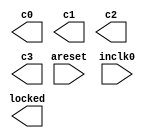
// megafunction wizard: %ALTPLL%VBB%
// GENERATION: STANDARD
// VERSION: WM1.0
// MODULE: altpll 

// ============================================================
// Megafunction Name(s):
// 			altpll
//
// Simulation Library Files(s):
// 			altera_mf
// ============================================================
// ************************************************************
// THIS IS A WIZARD-GENERATED FILE. DO NOT EDIT THIS FILE!
//
// 13.0.0 Build 156 04/24/2013 SJ Full Version
// ************************************************************

//Copyright (C) 1991-2013 Altera Corporation
//Your use of Altera Corporation's design tools, logic functions 
//and other software and tools, and its AMPP partner logic 
//functions, and any output files from any of the foregoing 
//(including device programming or simulation files), and any 
//associated documentation or information are expressly subject 
//to the terms and conditions of the Altera Program License 
//Subscription Agreement, Altera MegaCore Function License 
//Agreement, or other applicable license agreement, including, 
//without limitation, that your use is for the sole purpose of 
//programming logic devices manufactured by Altera and sold by 
//Altera or its authorized distributors.  Please refer to the 
//applicable agreement for further details.

module pll_adc (
	areset,
	inclk0,
	c0,
	c1,
	c2,
	c3,
	locked);

	input	  areset;
	input	  inclk0;
	output	  c0;
	output	  c1;
	output	  c2;
	output	  c3;
	output	  locked;
`ifndef ALTERA_RESERVED_QIS
// synopsys translate_off
`endif
	tri0	  areset;
`ifndef ALTERA_RESERVED_QIS
// synopsys translate_on
`endif

endmodule

// ============================================================
// CNX file retrieval info
// ============================================================
// Retrieval info: PRIVATE: ACTIVECLK_CHECK STRING "0"
// Retrieval info: PRIVATE: BANDWIDTH STRING "1.000"
// Retrieval info: PRIVATE: BANDWIDTH_FEATURE_ENABLED STRING "1"
// Retrieval info: PRIVATE: BANDWIDTH_FREQ_UNIT STRING "MHz"
// Retrieval info: PRIVATE: BANDWIDTH_PRESET STRING "Low"
// Retrieval info: PRIVATE: BANDWIDTH_USE_AUTO STRING "1"
// Retrieval info: PRIVATE: BANDWIDTH_USE_PRESET STRING "0"
// Retrieval info: PRIVATE: CLKBAD_SWITCHOVER_CHECK STRING "0"
// Retrieval info: PRIVATE: CLKLOSS_CHECK STRING "0"
// Retrieval info: PRIVATE: CLKSWITCH_CHECK STRING "0"
// Retrieval info: PRIVATE: CNX_NO_COMPENSATE_RADIO STRING "0"
// Retrieval info: PRIVATE: CREATE_CLKBAD_CHECK STRING "0"
// Retrieval info: PRIVATE: CREATE_INCLK1_CHECK STRING "0"
// Retrieval info: PRIVATE: CUR_DEDICATED_CLK STRING "c0"
// Retrieval info: PRIVATE: CUR_FBIN_CLK STRING "c0"
// Retrieval info: PRIVATE: DEVICE_SPEED_GRADE STRING "8"
// Retrieval info: PRIVATE: DIV_FACTOR0 NUMERIC "1"
// Retrieval info: PRIVATE: DIV_FACTOR1 NUMERIC "1"
// Retrieval info: PRIVATE: DIV_FACTOR2 NUMERIC "1"
// Retrieval info: PRIVATE: DIV_FACTOR3 NUMERIC "1"
// Retrieval info: PRIVATE: DUTY_CYCLE0 STRING "50.00000000"
// Retrieval info: PRIVATE: DUTY_CYCLE1 STRING "50.00000000"
// Retrieval info: PRIVATE: DUTY_CYCLE2 STRING "50.00000000"
// Retrieval info: PRIVATE: DUTY_CYCLE3 STRING "50.00000000"
// Retrieval info: PRIVATE: EFF_OUTPUT_FREQ_VALUE0 STRING "1.500000"
// Retrieval info: PRIVATE: EFF_OUTPUT_FREQ_VALUE1 STRING "50.000000"
// Retrieval info: PRIVATE: EFF_OUTPUT_FREQ_VALUE2 STRING "100.000000"
// Retrieval info: PRIVATE: EFF_OUTPUT_FREQ_VALUE3 STRING "100.000000"
// Retrieval info: PRIVATE: EXPLICIT_SWITCHOVER_COUNTER STRING "0"
// Retrieval info: PRIVATE: EXT_FEEDBACK_RADIO STRING "0"
// Retrieval info: PRIVATE: GLOCKED_COUNTER_EDIT_CHANGED STRING "1"
// Retrieval info: PRIVATE: GLOCKED_FEATURE_ENABLED STRING "0"
// Retrieval info: PRIVATE: GLOCKED_MODE_CHECK STRING "0"
// Retrieval info: PRIVATE: GLOCK_COUNTER_EDIT NUMERIC "1048575"
// Retrieval info: PRIVATE: HAS_MANUAL_SWITCHOVER STRING "1"
// Retrieval info: PRIVATE: INCLK0_FREQ_EDIT STRING "50.000"
// Retrieval info: PRIVATE: INCLK0_FREQ_UNIT_COMBO STRING "MHz"
// Retrieval info: PRIVATE: INCLK1_FREQ_EDIT STRING "100.000"
// Retrieval info: PRIVATE: INCLK1_FREQ_EDIT_CHANGED STRING "1"
// Retrieval info: PRIVATE: INCLK1_FREQ_UNIT_CHANGED STRING "1"
// Retrieval info: PRIVATE: INCLK1_FREQ_UNIT_COMBO STRING "MHz"
// Retrieval info: PRIVATE: INTENDED_DEVICE_FAMILY STRING "Cyclone IV E"
// Retrieval info: PRIVATE: INT_FEEDBACK__MODE_RADIO STRING "1"
// Retrieval info: PRIVATE: LOCKED_OUTPUT_CHECK STRING "1"
// Retrieval info: PRIVATE: LONG_SCAN_RADIO STRING "1"
// Retrieval info: PRIVATE: LVDS_MODE_DATA_RATE STRING "Not Available"
// Retrieval info: PRIVATE: LVDS_MODE_DATA_RATE_DIRTY NUMERIC "0"
// Retrieval info: PRIVATE: LVDS_PHASE_SHIFT_UNIT0 STRING "deg"
// Retrieval info: PRIVATE: LVDS_PHASE_SHIFT_UNIT1 STRING "ps"
// Retrieval info: PRIVATE: LVDS_PHASE_SHIFT_UNIT2 STRING "ps"
// Retrieval info: PRIVATE: LVDS_PHASE_SHIFT_UNIT3 STRING "ps"
// Retrieval info: PRIVATE: MIG_DEVICE_SPEED_GRADE STRING "Any"
// Retrieval info: PRIVATE: MIRROR_CLK0 STRING "0"
// Retrieval info: PRIVATE: MIRROR_CLK1 STRING "0"
// Retrieval info: PRIVATE: MIRROR_CLK2 STRING "0"
// Retrieval info: PRIVATE: MIRROR_CLK3 STRING "0"
// Retrieval info: PRIVATE: MULT_FACTOR0 NUMERIC "1"
// Retrieval info: PRIVATE: MULT_FACTOR1 NUMERIC "1"
// Retrieval info: PRIVATE: MULT_FACTOR2 NUMERIC "1"
// Retrieval info: PRIVATE: MULT_FACTOR3 NUMERIC "1"
// Retrieval info: PRIVATE: NORMAL_MODE_RADIO STRING "1"
// Retrieval info: PRIVATE: OUTPUT_FREQ0 STRING "1.50000000"
// Retrieval info: PRIVATE: OUTPUT_FREQ1 STRING "50.00000000"
// Retrieval info: PRIVATE: OUTPUT_FREQ2 STRING "100.00000000"
// Retrieval info: PRIVATE: OUTPUT_FREQ3 STRING "100.00000000"
// Retrieval info: PRIVATE: OUTPUT_FREQ_MODE0 STRING "1"
// Retrieval info: PRIVATE: OUTPUT_FREQ_MODE1 STRING "1"
// Retrieval info: PRIVATE: OUTPUT_FREQ_MODE2 STRING "1"
// Retrieval info: PRIVATE: OUTPUT_FREQ_MODE3 STRING "1"
// Retrieval info: PRIVATE: OUTPUT_FREQ_UNIT0 STRING "MHz"
// Retrieval info: PRIVATE: OUTPUT_FREQ_UNIT1 STRING "MHz"
// Retrieval info: PRIVATE: OUTPUT_FREQ_UNIT2 STRING "MHz"
// Retrieval info: PRIVATE: OUTPUT_FREQ_UNIT3 STRING "MHz"
// Retrieval info: PRIVATE: PHASE_RECONFIG_FEATURE_ENABLED STRING "1"
// Retrieval info: PRIVATE: PHASE_RECONFIG_INPUTS_CHECK STRING "0"
// Retrieval info: PRIVATE: PHASE_SHIFT0 STRING "0.00000000"
// Retrieval info: PRIVATE: PHASE_SHIFT1 STRING "0.00000000"
// Retrieval info: PRIVATE: PHASE_SHIFT2 STRING "0.00000000"
// Retrieval info: PRIVATE: PHASE_SHIFT3 STRING "-75.00000000"
// Retrieval info: PRIVATE: PHASE_SHIFT_STEP_ENABLED_CHECK STRING "0"
// Retrieval info: PRIVATE: PHASE_SHIFT_UNIT0 STRING "deg"
// Retrieval info: PRIVATE: PHASE_SHIFT_UNIT1 STRING "ps"
// Retrieval info: PRIVATE: PHASE_SHIFT_UNIT2 STRING "ps"
// Retrieval info: PRIVATE: PHASE_SHIFT_UNIT3 STRING "deg"
// Retrieval info: PRIVATE: PLL_ADVANCED_PARAM_CHECK STRING "0"
// Retrieval info: PRIVATE: PLL_ARESET_CHECK STRING "1"
// Retrieval info: PRIVATE: PLL_AUTOPLL_CHECK NUMERIC "1"
// Retrieval info: PRIVATE: PLL_ENHPLL_CHECK NUMERIC "0"
// Retrieval info: PRIVATE: PLL_FASTPLL_CHECK NUMERIC "0"
// Retrieval info: PRIVATE: PLL_FBMIMIC_CHECK STRING "0"
// Retrieval info: PRIVATE: PLL_LVDS_PLL_CHECK NUMERIC "0"
// Retrieval info: PRIVATE: PLL_PFDENA_CHECK STRING "0"
// Retrieval info: PRIVATE: PLL_TARGET_HARCOPY_CHECK NUMERIC "0"
// Retrieval info: PRIVATE: PRIMARY_CLK_COMBO STRING "inclk0"
// Retrieval info: PRIVATE: RECONFIG_FILE STRING "pll_adc.mif"
// Retrieval info: PRIVATE: SACN_INPUTS_CHECK STRING "0"
// Retrieval info: PRIVATE: SCAN_FEATURE_ENABLED STRING "1"
// Retrieval info: PRIVATE: SELF_RESET_LOCK_LOSS STRING "0"
// Retrieval info: PRIVATE: SHORT_SCAN_RADIO STRING "0"
// Retrieval info: PRIVATE: SPREAD_FEATURE_ENABLED STRING "0"
// Retrieval info: PRIVATE: SPREAD_FREQ STRING "50.000"
// Retrieval info: PRIVATE: SPREAD_FREQ_UNIT STRING "KHz"
// Retrieval info: PRIVATE: SPREAD_PERCENT STRING "0.500"
// Retrieval info: PRIVATE: SPREAD_USE STRING "0"
// Retrieval info: PRIVATE: SRC_SYNCH_COMP_RADIO STRING "0"
// Retrieval info: PRIVATE: STICKY_CLK0 STRING "1"
// Retrieval info: PRIVATE: STICKY_CLK1 STRING "1"
// Retrieval info: PRIVATE: STICKY_CLK2 STRING "1"
// Retrieval info: PRIVATE: STICKY_CLK3 STRING "1"
// Retrieval info: PRIVATE: SWITCHOVER_COUNT_EDIT NUMERIC "1"
// Retrieval info: PRIVATE: SWITCHOVER_FEATURE_ENABLED STRING "1"
// Retrieval info: PRIVATE: SYNTH_WRAPPER_GEN_POSTFIX STRING "0"
// Retrieval info: PRIVATE: USE_CLK0 STRING "1"
// Retrieval info: PRIVATE: USE_CLK1 STRING "1"
// Retrieval info: PRIVATE: USE_CLK2 STRING "1"
// Retrieval info: PRIVATE: USE_CLK3 STRING "1"
// Retrieval info: PRIVATE: USE_CLKENA0 STRING "0"
// Retrieval info: PRIVATE: USE_CLKENA1 STRING "0"
// Retrieval info: PRIVATE: USE_CLKENA2 STRING "0"
// Retrieval info: PRIVATE: USE_CLKENA3 STRING "0"
// Retrieval info: PRIVATE: USE_MIL_SPEED_GRADE NUMERIC "0"
// Retrieval info: PRIVATE: ZERO_DELAY_RADIO STRING "0"
// Retrieval info: LIBRARY: altera_mf altera_mf.altera_mf_components.all
// Retrieval info: CONSTANT: BANDWIDTH_TYPE STRING "AUTO"
// Retrieval info: CONSTANT: CLK0_DIVIDE_BY NUMERIC "100"
// Retrieval info: CONSTANT: CLK0_DUTY_CYCLE NUMERIC "50"
// Retrieval info: CONSTANT: CLK0_MULTIPLY_BY NUMERIC "3"
// Retrieval info: CONSTANT: CLK0_PHASE_SHIFT STRING "0"
// Retrieval info: CONSTANT: CLK1_DIVIDE_BY NUMERIC "1"
// Retrieval info: CONSTANT: CLK1_DUTY_CYCLE NUMERIC "50"
// Retrieval info: CONSTANT: CLK1_MULTIPLY_BY NUMERIC "1"
// Retrieval info: CONSTANT: CLK1_PHASE_SHIFT STRING "0"
// Retrieval info: CONSTANT: CLK2_DIVIDE_BY NUMERIC "1"
// Retrieval info: CONSTANT: CLK2_DUTY_CYCLE NUMERIC "50"
// Retrieval info: CONSTANT: CLK2_MULTIPLY_BY NUMERIC "2"
// Retrieval info: CONSTANT: CLK2_PHASE_SHIFT STRING "0"
// Retrieval info: CONSTANT: CLK3_DIVIDE_BY NUMERIC "1"
// Retrieval info: CONSTANT: CLK3_DUTY_CYCLE NUMERIC "50"
// Retrieval info: CONSTANT: CLK3_MULTIPLY_BY NUMERIC "2"
// Retrieval info: CONSTANT: CLK3_PHASE_SHIFT STRING "-2083"
// Retrieval info: CONSTANT: COMPENSATE_CLOCK STRING "CLK0"
// Retrieval info: CONSTANT: INCLK0_INPUT_FREQUENCY NUMERIC "20000"
// Retrieval info: CONSTANT: INTENDED_DEVICE_FAMILY STRING "Cyclone IV E"
// Retrieval info: CONSTANT: LPM_TYPE STRING "altpll"
// Retrieval info: CONSTANT: OPERATION_MODE STRING "NORMAL"
// Retrieval info: CONSTANT: PLL_TYPE STRING "AUTO"
// Retrieval info: CONSTANT: PORT_ACTIVECLOCK STRING "PORT_UNUSED"
// Retrieval info: CONSTANT: PORT_ARESET STRING "PORT_USED"
// Retrieval info: CONSTANT: PORT_CLKBAD0 STRING "PORT_UNUSED"
// Retrieval info: CONSTANT: PORT_CLKBAD1 STRING "PORT_UNUSED"
// Retrieval info: CONSTANT: PORT_CLKLOSS STRING "PORT_UNUSED"
// Retrieval info: CONSTANT: PORT_CLKSWITCH STRING "PORT_UNUSED"
// Retrieval info: CONSTANT: PORT_CONFIGUPDATE STRING "PORT_UNUSED"
// Retrieval info: CONSTANT: PORT_FBIN STRING "PORT_UNUSED"
// Retrieval info: CONSTANT: PORT_INCLK0 STRING "PORT_USED"
// Retrieval info: CONSTANT: PORT_INCLK1 STRING "PORT_UNUSED"
// Retrieval info: CONSTANT: PORT_LOCKED STRING "PORT_USED"
// Retrieval info: CONSTANT: PORT_PFDENA STRING "PORT_UNUSED"
// Retrieval info: CONSTANT: PORT_PHASECOUNTERSELECT STRING "PORT_UNUSED"
// Retrieval info: CONSTANT: PORT_PHASEDONE STRING "PORT_UNUSED"
// Retrieval info: CONSTANT: PORT_PHASESTEP STRING "PORT_UNUSED"
// Retrieval info: CONSTANT: PORT_PHASEUPDOWN STRING "PORT_UNUSED"
// Retrieval info: CONSTANT: PORT_PLLENA STRING "PORT_UNUSED"
// Retrieval info: CONSTANT: PORT_SCANACLR STRING "PORT_UNUSED"
// Retrieval info: CONSTANT: PORT_SCANCLK STRING "PORT_UNUSED"
// Retrieval info: CONSTANT: PORT_SCANCLKENA STRING "PORT_UNUSED"
// Retrieval info: CONSTANT: PORT_SCANDATA STRING "PORT_UNUSED"
// Retrieval info: CONSTANT: PORT_SCANDATAOUT STRING "PORT_UNUSED"
// Retrieval info: CONSTANT: PORT_SCANDONE STRING "PORT_UNUSED"
// Retrieval info: CONSTANT: PORT_SCANREAD STRING "PORT_UNUSED"
// Retrieval info: CONSTANT: PORT_SCANWRITE STRING "PORT_UNUSED"
// Retrieval info: CONSTANT: PORT_clk0 STRING "PORT_USED"
// Retrieval info: CONSTANT: PORT_clk1 STRING "PORT_USED"
// Retrieval info: CONSTANT: PORT_clk2 STRING "PORT_USED"
// Retrieval info: CONSTANT: PORT_clk3 STRING "PORT_USED"
// Retrieval info: CONSTANT: PORT_clk4 STRING "PORT_UNUSED"
// Retrieval info: CONSTANT: PORT_clk5 STRING "PORT_UNUSED"
// Retrieval info: CONSTANT: PORT_clkena0 STRING "PORT_UNUSED"
// Retrieval info: CONSTANT: PORT_clkena1 STRING "PORT_UNUSED"
// Retrieval info: CONSTANT: PORT_clkena2 STRING "PORT_UNUSED"
// Retrieval info: CONSTANT: PORT_clkena3 STRING "PORT_UNUSED"
// Retrieval info: CONSTANT: PORT_clkena4 STRING "PORT_UNUSED"
// Retrieval info: CONSTANT: PORT_clkena5 STRING "PORT_UNUSED"
// Retrieval info: CONSTANT: PORT_extclk0 STRING "PORT_UNUSED"
// Retrieval info: CONSTANT: PORT_extclk1 STRING "PORT_UNUSED"
// Retrieval info: CONSTANT: PORT_extclk2 STRING "PORT_UNUSED"
// Retrieval info: CONSTANT: PORT_extclk3 STRING "PORT_UNUSED"
// Retrieval info: CONSTANT: SELF_RESET_ON_LOSS_LOCK STRING "OFF"
// Retrieval info: CONSTANT: WIDTH_CLOCK NUMERIC "5"
// Retrieval info: USED_PORT: @clk 0 0 5 0 OUTPUT_CLK_EXT VCC "@clk[4..0]"
// Retrieval info: USED_PORT: areset 0 0 0 0 INPUT GND "areset"
// Retrieval info: USED_PORT: c0 0 0 0 0 OUTPUT_CLK_EXT VCC "c0"
// Retrieval info: USED_PORT: c1 0 0 0 0 OUTPUT_CLK_EXT VCC "c1"
// Retrieval info: USED_PORT: c2 0 0 0 0 OUTPUT_CLK_EXT VCC "c2"
// Retrieval info: USED_PORT: c3 0 0 0 0 OUTPUT_CLK_EXT VCC "c3"
// Retrieval info: USED_PORT: inclk0 0 0 0 0 INPUT_CLK_EXT GND "inclk0"
// Retrieval info: USED_PORT: locked 0 0 0 0 OUTPUT GND "locked"
// Retrieval info: CONNECT: @areset 0 0 0 0 areset 0 0 0 0
// Retrieval info: CONNECT: @inclk 0 0 1 1 GND 0 0 0 0
// Retrieval info: CONNECT: @inclk 0 0 1 0 inclk0 0 0 0 0
// Retrieval info: CONNECT: c0 0 0 0 0 @clk 0 0 1 0
// Retrieval info: CONNECT: c1 0 0 0 0 @clk 0 0 1 1
// Retrieval info: CONNECT: c2 0 0 0 0 @clk 0 0 1 2
// Retrieval info: CONNECT: c3 0 0 0 0 @clk 0 0 1 3
// Retrieval info: CONNECT: locked 0 0 0 0 @locked 0 0 0 0
// Retrieval info: GEN_FILE: TYPE_NORMAL pll_adc.v TRUE
// Retrieval info: GEN_FILE: TYPE_NORMAL pll_adc.ppf TRUE
// Retrieval info: GEN_FILE: TYPE_NORMAL pll_adc.inc FALSE
// Retrieval info: GEN_FILE: TYPE_NORMAL pll_adc.cmp FALSE
// Retrieval info: GEN_FILE: TYPE_NORMAL pll_adc.bsf FALSE
// Retrieval info: GEN_FILE: TYPE_NORMAL pll_adc_inst.v TRUE
// Retrieval info: GEN_FILE: TYPE_NORMAL pll_adc_bb.v TRUE
// Retrieval info: LIB_FILE: altera_mf
// Retrieval info: CBX_MODULE_PREFIX: ON